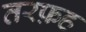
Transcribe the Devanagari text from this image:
तरफ़ह